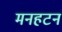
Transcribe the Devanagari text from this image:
मनहटन